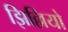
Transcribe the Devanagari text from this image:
झिल्लियो